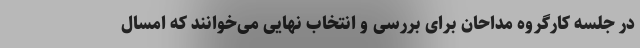
در جلسه کارگروه مداحان برای بررسی و انتخاب نهایی می‌خوانند که امسال